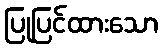
ပြုပြင်ထားသော